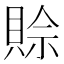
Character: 賒